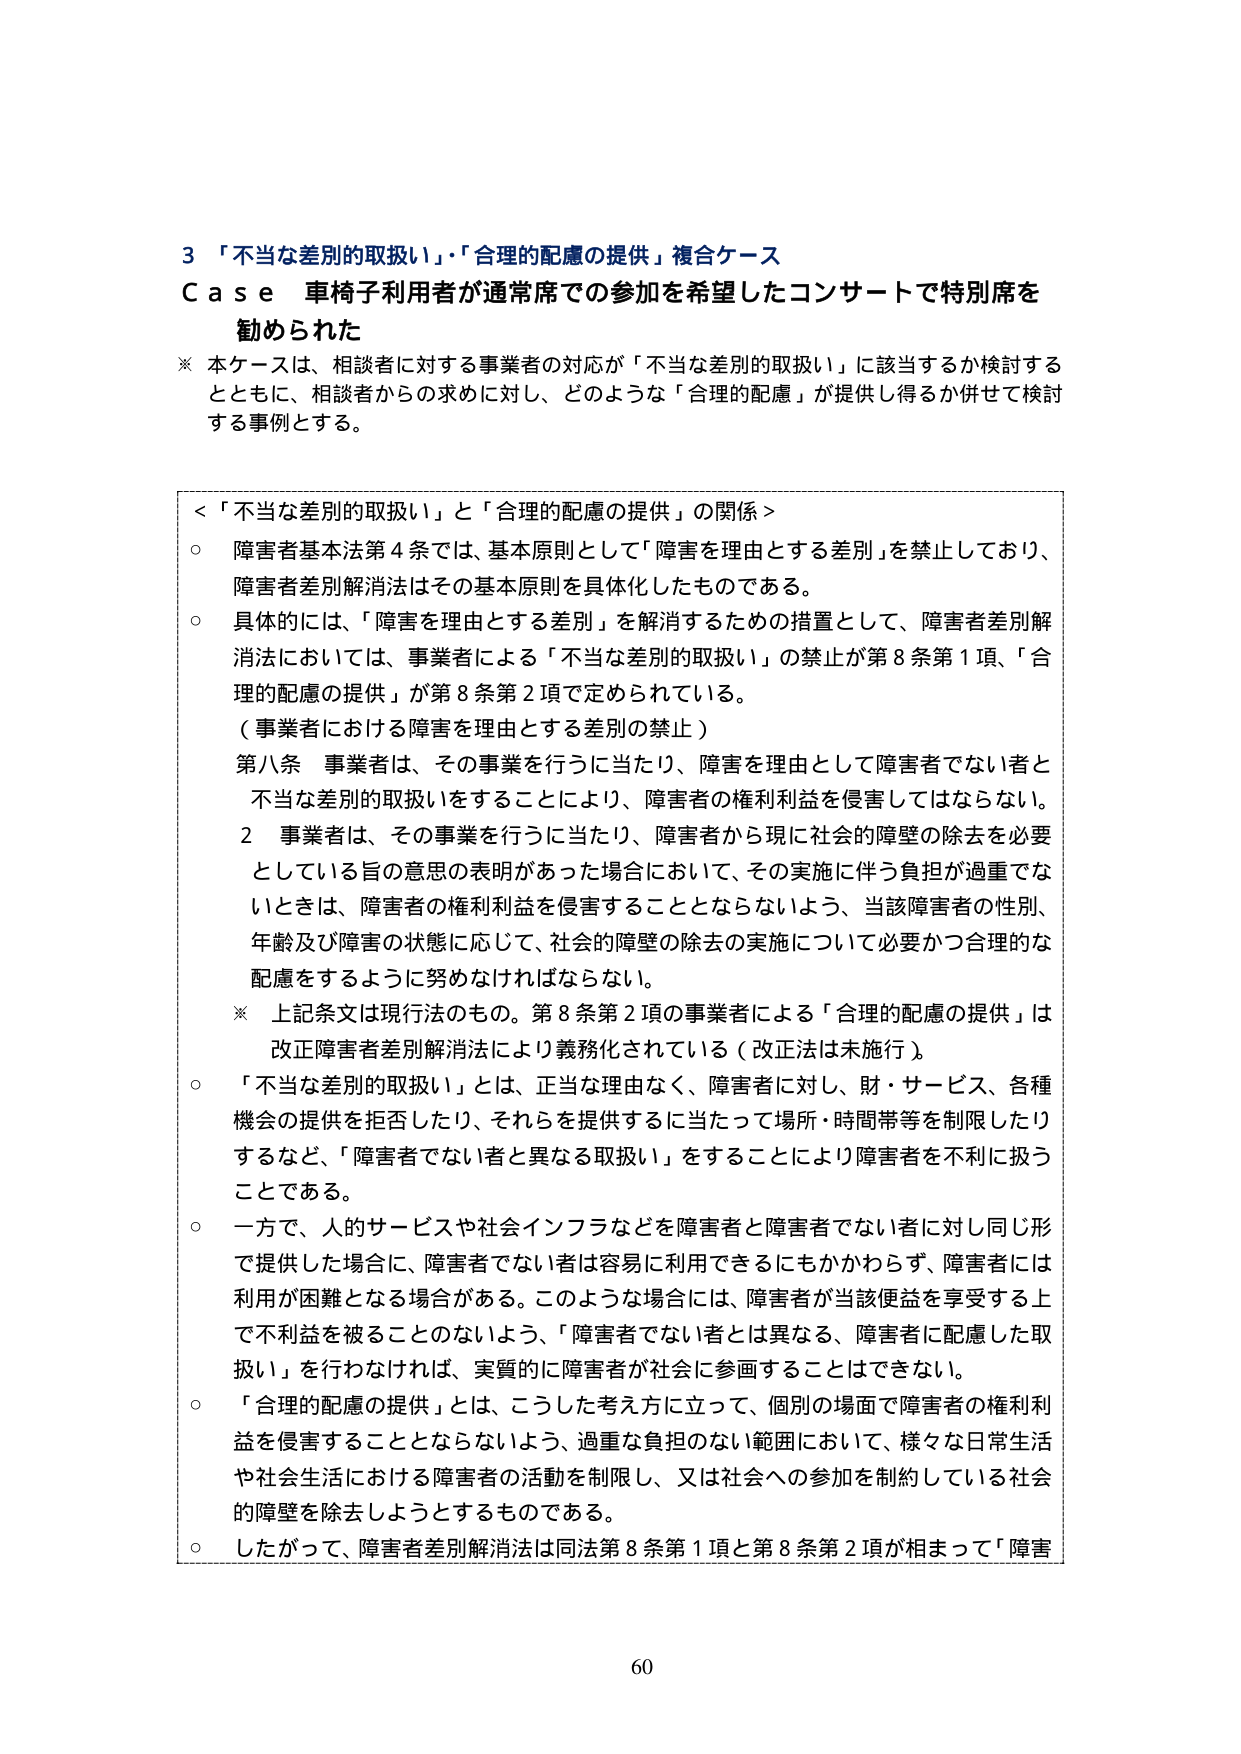
3 「不当な差別的取扱い」・「合理的配慮の提供」複合ケース
Case 車椅子利用者が通常席での参加を希望したコンサートで特別席を勧められた

※ 本ケースは、相談者に対する事業者の対応が「不当な差別的取扱い」に該当するか検討するとともに、相談者からの求めに対し、どのような「合理的配慮」が提供し得るか併せて検討する事例とする。

＜「不当な差別的取扱い」と「合理的配慮の提供」の関係＞
○ 障害者基本法第4条では、基本原則として「障害を理由とする差別」を禁止しており、障害者差別解消法はその基本原則を具体化したものである。
○ 具体的には、「障害を理由とする差別」を解消するための措置として、障害者差別解消法においては、事業者による「不当な差別的取扱い」の禁止が第8条第1項、「合理的配慮の提供」が第8条第2項で定められている。
（事業者における障害を理由とする差別の禁止）
第八条 事業者は、その事業を行うに当たり、障害を理由として障害者でない者と不当な差別的取扱いをすることにより、障害者の権利利益を侵害してはならない。
2 事業者は、その事業を行うに当たり、障害者から現に社会的障壁の除去を必要としている旨の意思の表明があった場合において、その実施に伴う負担が過重でないときは、障害者の権利利益を侵害することとならないよう、当該障害者の性別、年齢及び障害の状態に応じて、社会的障壁の除去の実施について必要かつ合理的な配慮をするように努めなければならない。
※ 上記条文は現行法のもの。第8条第2項の事業者による「合理的配慮の提供」は改正障害者差別解消法により義務化されている（改正法は未施行）。
○ 「不当な差別的取扱い」とは、正当な理由なく、障害者に対し、財・サービス、各種機会の提供を拒否したり、それらを提供するに当たって場所・時間帯等を制限したりするなど、「障害者でない者と異なる取扱い」をすることにより障害者を不利に扱うことである。
○ 一方で、人的サービスや社会インフラなどを障害者と障害者でない者に対し同じ形で提供した場合に、障害者でない者は容易に利用できるにもかかわらず、障害者には利用が困難となる場合がある。このような場合には、障害者が当該便益を享受する上で不利益を被ることのないよう、「障害者でない者とは異なる、障害者に配慮した取扱い」を行わなければ、実質的に障害者が社会に参画することはできない。
○ 「合理的配慮の提供」とは、こうした考え方に立って、個別の場面で障害者の権利利益を侵害することとならないよう、過重な負担のない範囲において、様々な日常生活や社会生活における障害者の活動を制限し、又は社会への参加を制約している社会的障壁を除去しようとするものである。
○ したがって、障害者差別解消法は同法第8条第1項と第8条第2項が相まって「障害

60